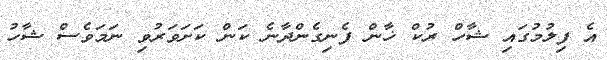
އެ ފިލުމުގައި ޝާހް ރުކް ޚާން ފެނިގެންދާނެ ކަން ކަށަވަރުވި ނަމަވެސް ޝާހު